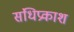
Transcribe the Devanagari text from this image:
संधिप्रकाश